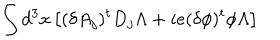
\int d ^ { 3 } x \left[ ( \delta A _ { j } ) ^ { t } D _ { j } \Lambda + i e ( \delta \phi ) ^ { t } \phi \Lambda \right]